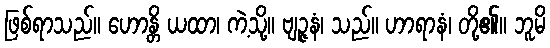
ဖြစ်ရာသည်။ ဟောန္တိ ယထာ၊ ကဲ့သို့။ ဗျဉ္ဇနံ၊ သည်။ ဟာရာနံ၊ တို့၏။ ဘူမိ